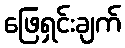
ဖြေရှင်းချက်